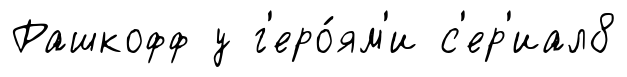
Рашкофф у г'еро́ям'и с'ер'иал8